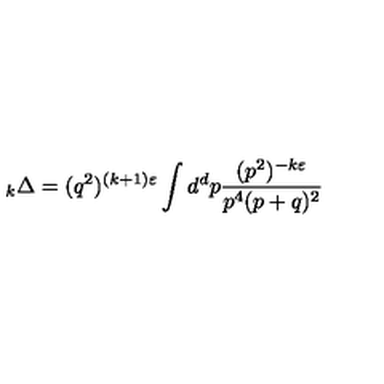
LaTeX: \mathrm { } _ { k } \Delta = ( q ^ { 2 } ) ^ { ( k + 1 ) \varepsilon } \int d ^ { d } p \frac { ( p ^ { 2 } ) ^ { - k \varepsilon } } { p ^ { 4 } ( p + q ) ^ { 2 } }